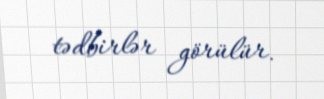
tədbirlər görülür.